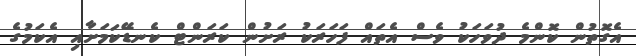
އެގޮތުން ކޮންމެ ދުވަހަކު ވެސް އެތައް ފަހަރަކު ރަށުން ކަރަންޓް ކެނޑޭކަމަށާއި އެކަމުގެ